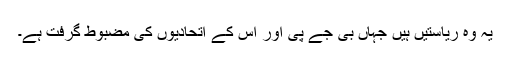
یہ وہ ریاستیں ہیں جہاں بی جے پی اور اس کے اتحادیوں کی مضبوط گرفت ہے۔